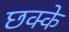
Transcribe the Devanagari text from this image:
छक्‍के